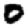
Digit: 0